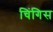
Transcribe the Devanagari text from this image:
चिंगिस